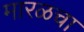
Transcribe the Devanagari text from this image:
मारळचा